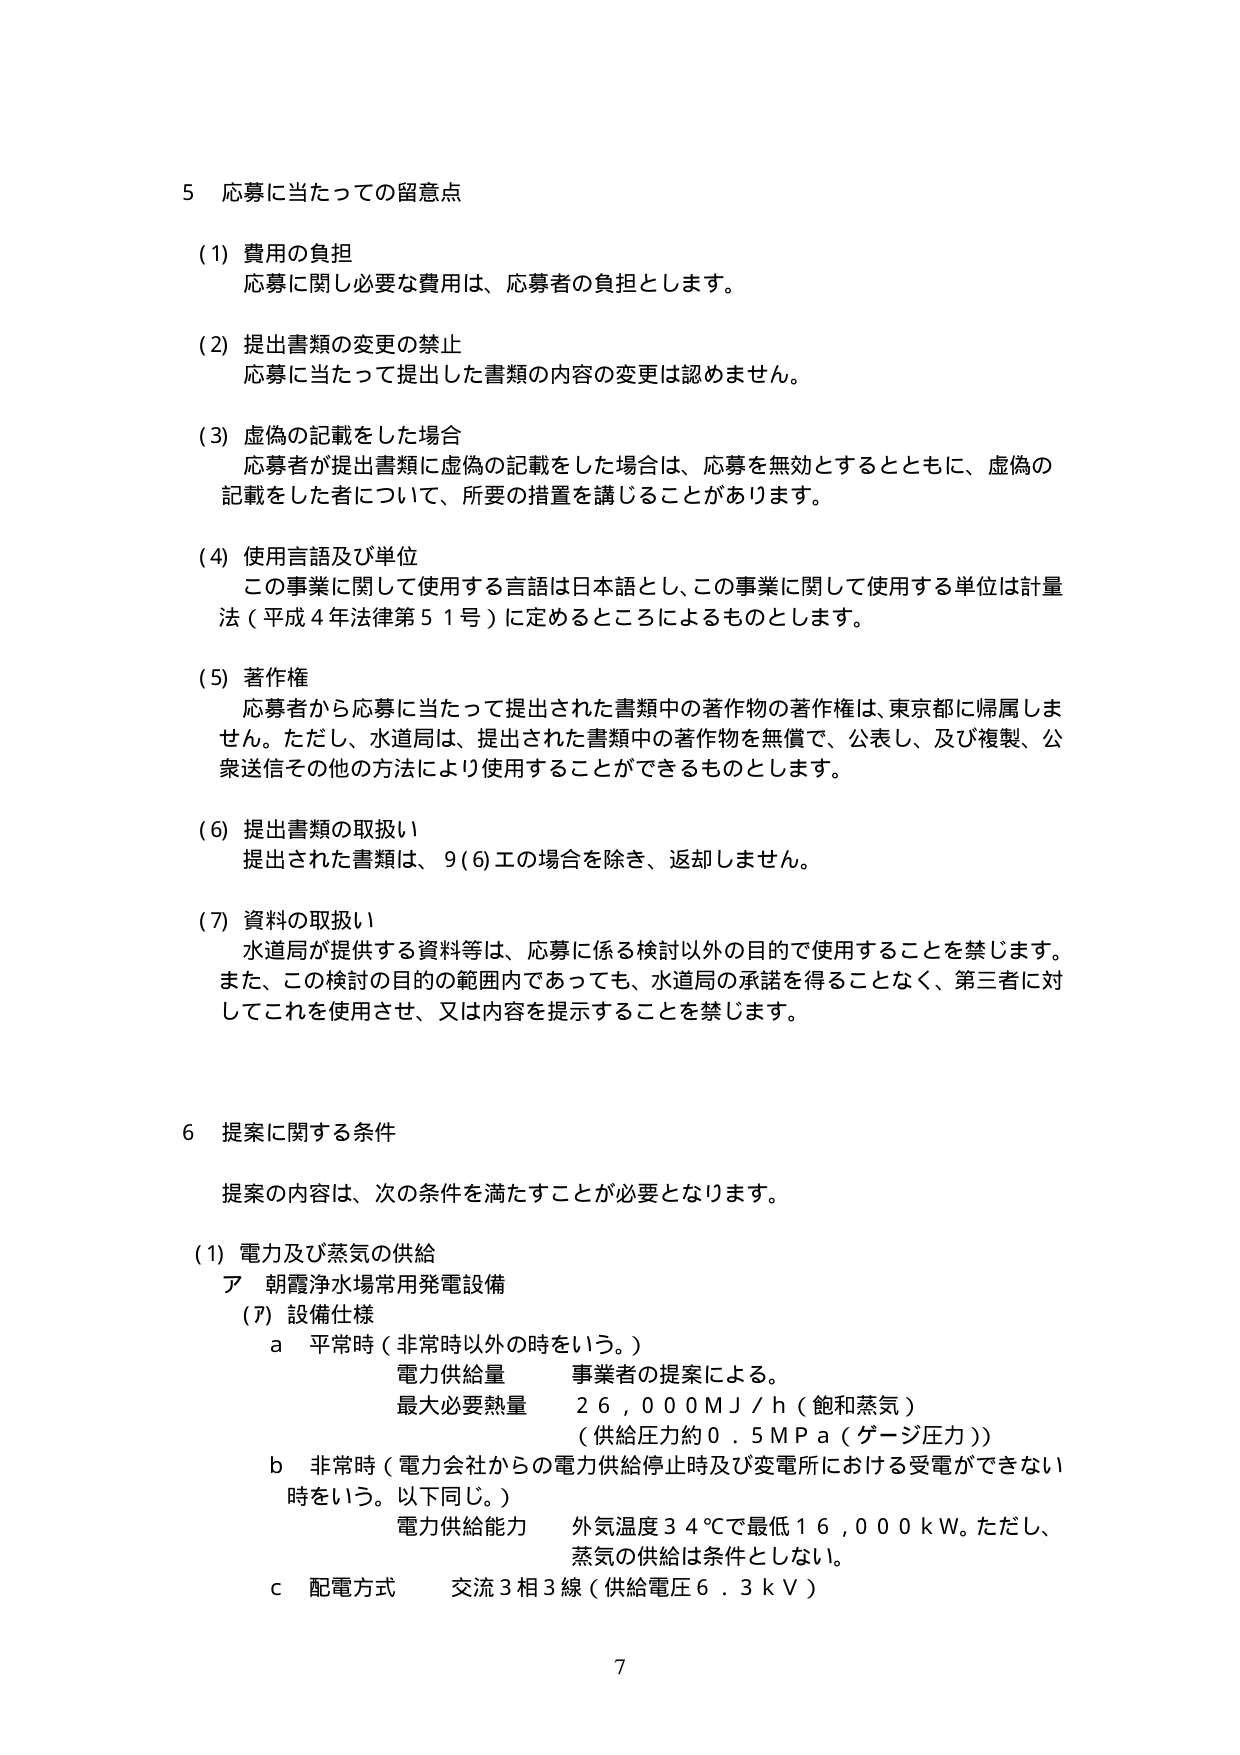
5 応募に当たっての留意点

(1) 費用の負担
応募に関し必要な費用は、応募者の負担とします。

(2) 提出書類の変更の禁止
応募に当たって提出した書類の内容の変更は認めません。

(3) 虚偽の記載をした場合
応募者が提出書類に虚偽の記載をした場合は、応募を無効とするとともに、虚偽の記載をした者について、所要の措置を講じることがあります。

(4) 使用言語及び単位
この事業に関して使用する言語は日本語とし、この事業に関して使用する単位は計量法（平成4年法律第51号）に定めるところによるものとします。

(5) 著作権
応募者から応募に当たって提出された書類中の著作物の著作権は、東京都に帰属しません。ただし、水道局は、提出された書類中の著作物を無償で、公表し、及び複製、公衆送信その他の方法により使用することができるものとします。

(6) 提出書類の取扱い
提出された書類は、9(6)エの場合を除き、返却しません。

(7) 資料の取扱い
水道局が提供する資料等は、応募に係る検討以外の目的で使用することを禁じます。また、この検討の目的の範囲内であっても、水道局の承諾を得ることなく、第三者に対してこれを使用させ、又は内容を提示することを禁じます。

6 提案に関する条件

提案の内容は、次の条件を満たすことが必要となります。

(1) 電力及び蒸気の供給
ア 朝霞浄水場常用発電設備
(ア) 設備仕様
a 平常時（非常時以外の時をいう。）
電力供給量 事業者の提案による。
最大必要熱量 26,000 MJ/h（飽和蒸気）
（供給圧力約0.5 MPa（ゲージ圧力））
b 非常時（電力会社からの電力供給停止時及び変電所における受電ができない時をいう。以下同じ。）
電力供給能力 外気温度34℃で最低16,000 kW。ただし、蒸気の供給は条件としない。
c 配電方式 交流3相3線（供給電圧6.3 kV）

7